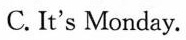
C. It's Monday.